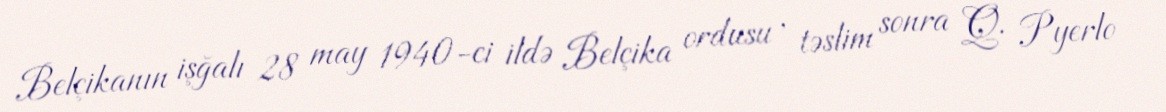
Belçikanın işğalı 28 may 1940-ci ildə Belçika ordusu , təslim sonra Q. Pyerlo